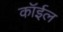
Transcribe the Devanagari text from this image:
कॉईल